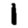
Digit: 1